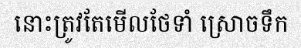
នោះត្រូវតែមើលថែទាំ ស្រោចទឹក